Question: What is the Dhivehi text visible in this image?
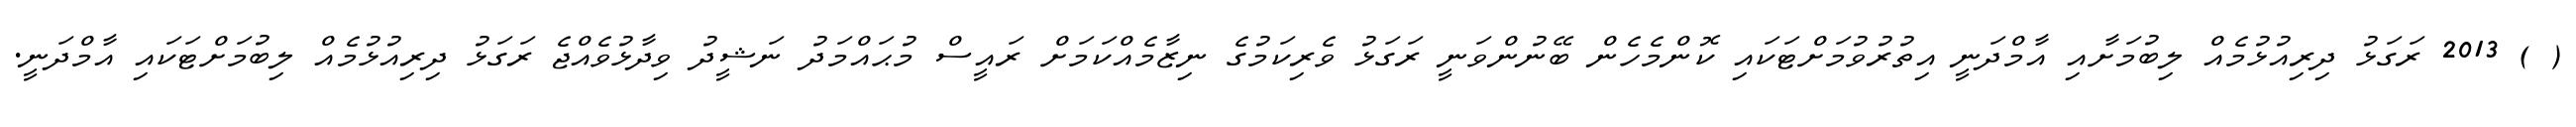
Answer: ( ) 2013 ރަގަޅު ދިރިއުޅުމެއް ލިބުމަށާއި އާމްދަނީ އިތުރުވުމަށްޓަކައި ކޮންމެހެން ބޭނުންވަނީ ރަގަޅު ވެރިކަމުގެ ނިޒާމެއްކަމަށް ރައީސް މުޙައްމަދު ނަޝީދު ވިދާޅުވެއްޖެ ރަގަޅު ދިރިއުޅުމެއް ލިބުމަށްޓަކައި އާމްދަނީ.